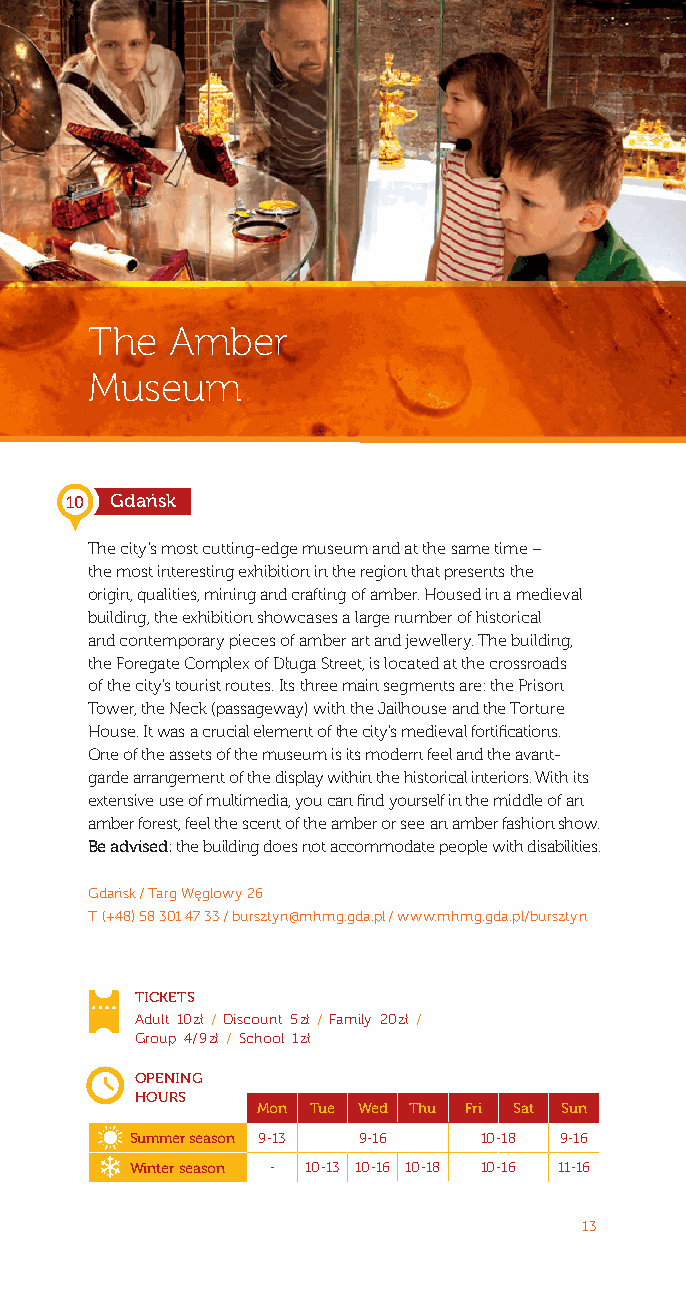
The  Amber
 Museum
 10 Gdańsk
 The city’s most cutting-edge museum and at the same time –
 the most interesting exhibition in the region that presents the
 origin, qualities, mining and crafting of amber. Housed in a medieval
 building, the exhibition showcases a large number of historical
 and contemporary pieces of amber art and jewellery. The building,
 the Foregate Complex of Długa Street, is located at the crossroads
 of the city’s tourist routes. Its three main segments are: the Prison
 Tower, the Neck (passageway) with the Jailhouse and the Torture
 House. It was a crucial element of the city’s medieval fortifications.
 One of the assets of the museum is its modern feel and the avant-
 garde arrangement of the display within the historical interiors. With its
 extensive use of multimedia, you can find yourself in the middle of an
 amber forest, feel the scent of the amber or see an amber fashion show.
 Be advised: the building does not accommodate people with disabilities.
 Gdańsk / Targ Węglowy 26
 T: (+48) 58 301 47 33 / bursztyn@mhmg.gda.pl / www.mhmg.gda.pl/bursztyn
 TICKETS
 Adult: 10 zł / Discount: 5 zł / Family: 20 zł /
 Group: 4 / 9 zł / School: 1 zł
 OPENING
 HOURS
 Mon Tue Wed Thu Fri Sat Sun
 Summer season 9-13 9-16 10-18 9-16
 Winter season - 10-13 10-16 10-18 10-16 11-16
 13